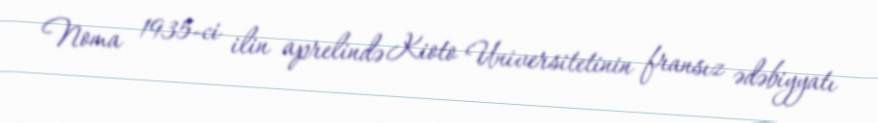
Noma 1935-ci ilin aprelində Kioto Universitetinin fransız ədəbiyyatı